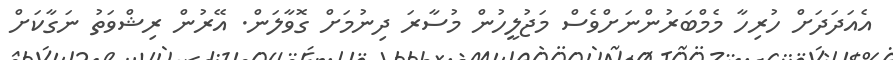
އެއަދަދަށް ހުރިހާ މެމްބަރުންނަށްވެސް މަޖުލީހުން މުސާރަ ދިނުމަށް ގޮވާލަން. އޭރުން ރިޝްވަތު ނަގާކަށް